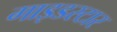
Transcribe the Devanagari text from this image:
गाइडस्टार